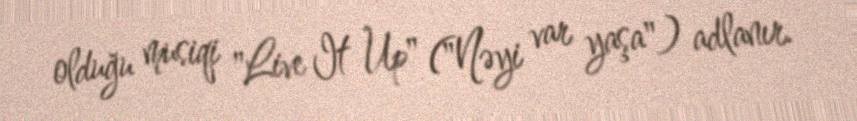
olduğu musiqi "Live It Up" ("Nəyi var yaşa") adlanır.